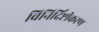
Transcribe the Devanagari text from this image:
विनिर्दिष्टीकरण